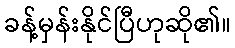
ခန့်မှန်းနိုင်ပြီဟုဆို၏။